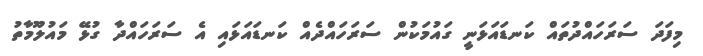
މިފަދަ ސަރަހައްދުތައް ކަނޑައަޅަނީ ގައުމަކުން ސަރަހައްދެއް ކަނޑައަޅައި އެ ސަރަހައްދާ ގުޅޭ މައުލޫމާތު